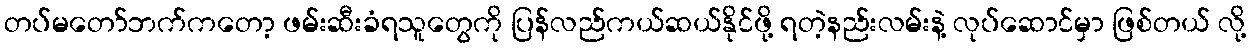
တပ်မတော်ဘက်ကတော့ ဖမ်းဆီးခံရသူတွေကို ပြန်လည်ကယ်ဆယ်နိုင်ဖို့ ရတဲ့နည်းလမ်းနဲ့ လုပ်ဆောင်မှာ ဖြစ်တယ် လို့